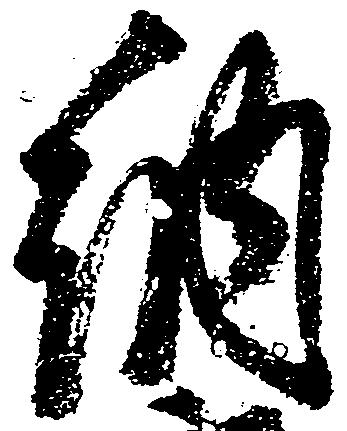
納